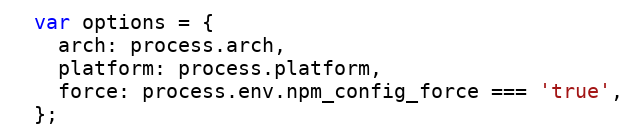
Language: JavaScript
  var options = {
    arch: process.arch,
    platform: process.platform,
    force: process.env.npm_config_force === 'true',
  };